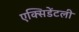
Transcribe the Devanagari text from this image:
एक्सिडेंटली